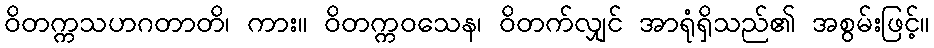
ဝိတက္ကသဟဂတာတိ၊ ကား။ ဝိတက္ကဝသေန၊ ဝိတက်လျှင် အာရုံရှိသည်၏ အစွမ်းဖြင့်။